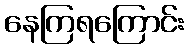
နေကြရကြောင်း